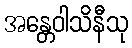
အန္တေဝါသိနီသု